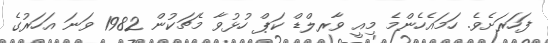
ފަހަރަށެވެ. ހަމައެހެންމެ މިއީ ވާރލްޑް ކަޕް ހުޅުވާ މެޗަކުން 1982 ވަނަ އަހަރުގެ